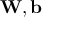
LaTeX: \mathbf { W } , \mathbf { b }